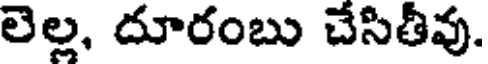
లెల్ల, దూరంబు చేసితీవు.